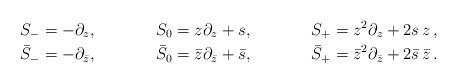
LaTeX: \begin{align*}S_- & =-\partial_z, && S_0 =z\partial_z+s, && S_+=z^2\partial_z+2s\, z\,,\\\bar S_- & =-\partial_{\bar z}, && \bar S_0 ={\bar z}\partial_{\bar z}+\bar s, && \bar S_+=\bar z^2\partial_{\bar z}+2\bar s\, \bar z\,.\end{align*}